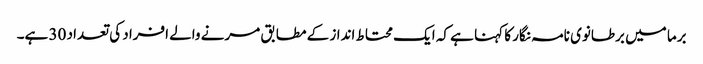
برما میں برطانوی نامہ نگار کا کہنا ہے کہ ایک محتاط انداز کے مطابق مرنے والے افراد کی تعداد 30 ہے۔